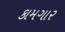
કામગાર